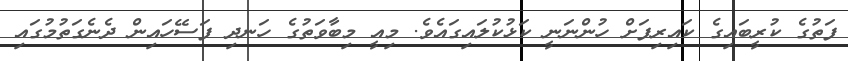
ފަތުގެ ކުރީބައިގެ ކައިރިފަށް ހުންނަނީ ކަޅުކުލައިގައެވެ. މިއީ މިބާވަތުގެ ހަނދި ފަސޭހައިން ދެނެގަތުމުގައި